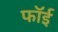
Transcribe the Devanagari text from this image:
फॉई